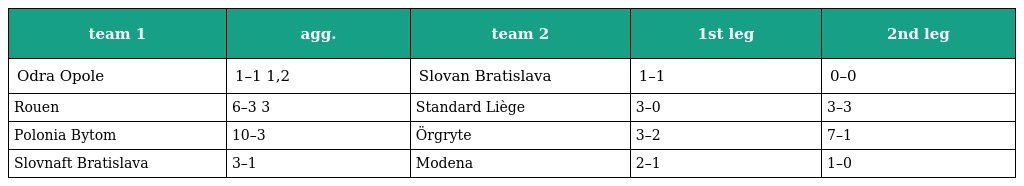
| team 1 | agg. | team 2 | 1st leg | 2nd leg |
 | --- | --- | --- | --- | --- |
 | Odra Opole | 1–1 1,2 | Slovan Bratislava | 1–1 | 0–0 |
 | Rouen | 6–3 3 | Standard Liège | 3–0 | 3–3 |
 | Polonia Bytom | 10–3 | Örgryte | 3–2 | 7–1 |
 | Slovnaft Bratislava | 3–1 | Modena | 2–1 | 1–0 |